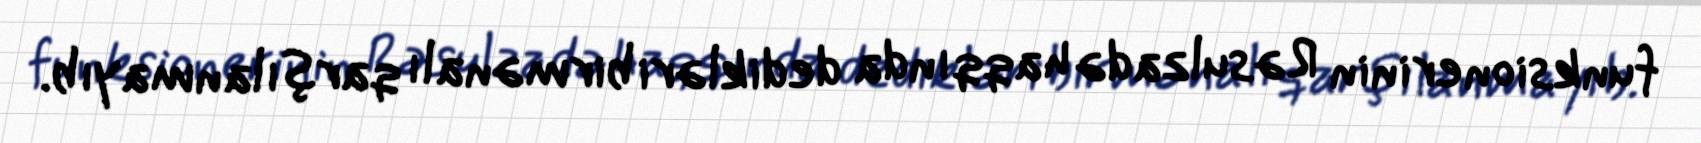
funksionerinin Rəsulzadə haqqında dedikləri birmənalı qarşılanmayıb.